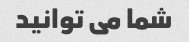
شما می توانید